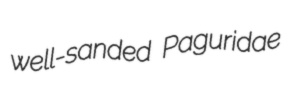
well-sanded Paguridae